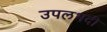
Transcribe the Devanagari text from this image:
उपलभदी